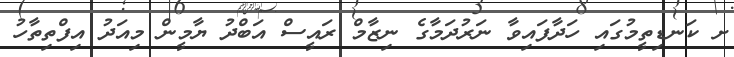
ށ ކަނޑިތީމުގައި ހަދާފައިވާ ނަރުދަމާގެ ނިޒާމް ރައީސް އަބްދު ޔާމީން މިއަދު އިފްތިތާހު